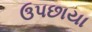
ઉપછાયા